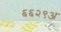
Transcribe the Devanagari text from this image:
६६२९अ